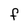
Character: F